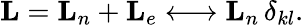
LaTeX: {\mathbf{L}}={\mathbf{L}}_{n}+{\mathbf{L}}_{e}\longleftrightarrow{\mathbf{L}}_{n}\, \delta_{kl}.